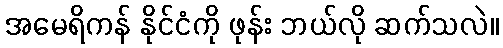
အမေရိကန် နိုင်ငံကို ဖုန်း ဘယ်လို ဆက်သလဲ။